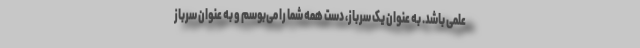
علمی باشد. به عنوان یک سرباز، دست همه شما را می‌بوسم و به عنوان سرباز